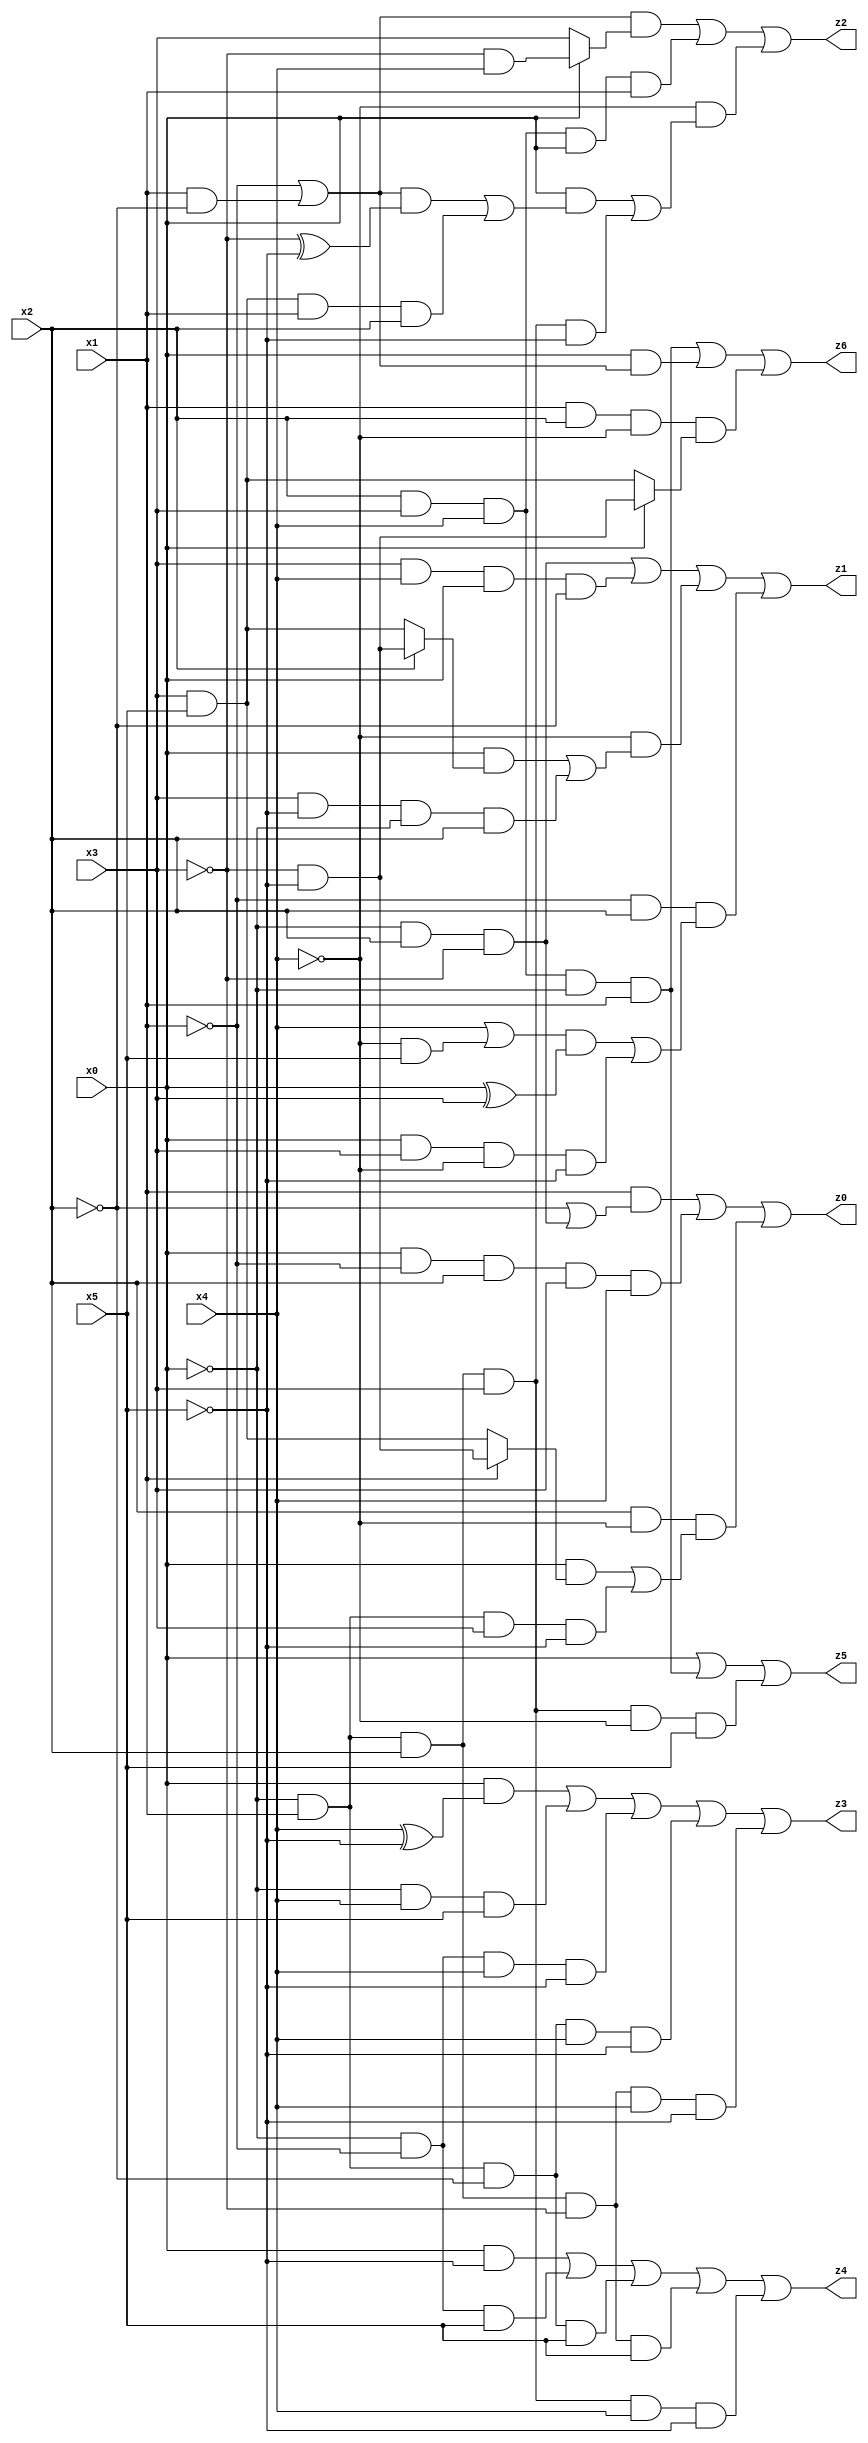
// Benchmark "X_6" written by ABC on Wed Jun 07 15:52:23 2023

module X_34 ( 
    x0, x1, x2, x3, x4, x5,
    z0, z1, z2, z3, z4, z5, z6  );
  input  x0, x1, x2, x3, x4, x5;
  output z0, z1, z2, z3, z4, z5, z6;
  assign z0 = (x1 & (~x2 | (~x0 & x2 & ~x3))) | (x0 & ~x1 & x2 & x3 & x4) | (x2 & ~x4 & ((x0 & (x1 ? (~x3 & ~x5) : (x3 & x5))) | (~x0 & x1 & x3 & ~x5)));
  assign z1 = (~x0 & x2 & ~x3) | (x3 & x4 & x0 & ~x2) | (~x4 & ((x0 & (x2 ? (~x3 & ~x5) : (x3 & x5))) | (x3 & ~x5 & ~x0 & x2))) | (~x1 & x2 & (((x4 | (~x4 & x5)) & (x0 ^ x3)) | (x0 & x3 & ~x4 & ~x5)));
  assign z2 = ((~x1 | (x1 & ~x2)) & (x0 ? (~x3 & x4) : x3)) | (x2 & x3 & x4 & x0 & x1) | (~x4 & ((x0 & (((~x1 | (x1 & ~x2)) & (~x3 ^ ~x5)) | (x3 & x5 & x1 & x2))) | (~x0 & x1 & x2 & x3 & ~x5)));
  assign z3 = (x0 & (x4 ^ ~x5)) | (~x0 & x4 & x5) | (~x0 & ~x1 & x4 & ~x5) | (~x0 & x1 & ~x2 & x4 & ~x5) | (~x0 & x1 & x2 & ~x3 & x4 & ~x5);
  assign z4 = (x0 & ~x5) | (~x0 & ~x1 & x5) | (~x0 & x1 & ~x2 & x5) | (~x0 & x1 & x2 & ~x3 & x5) | (~x0 & x1 & x2 & x3 & x4 & ~x5);
  assign z5 = x0 | (x2 & x3 & x4 & ~x0 & x1) | (~x0 & x1 & x2 & x3 & ~x4 & x5);
  assign z6 = (x2 & x3 & x4 & ~x0 & x1) | (x0 & (~x1 | (x1 & ~x2))) | (x1 & x2 & ~x4 & (x0 ? (~x3 & ~x5) : (x3 & x5)));
endmodule